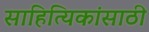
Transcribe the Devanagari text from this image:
साहित्यिकांसाठी